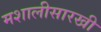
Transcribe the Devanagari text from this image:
मशालीसारखी